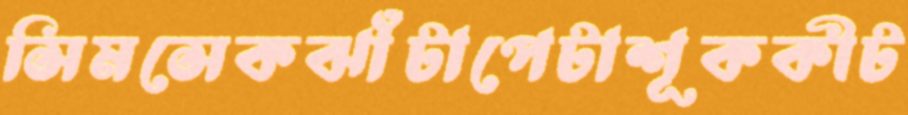
সিমসেকঝাঁটাপেটাশূককীট